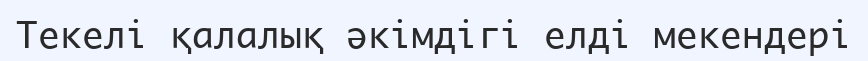
Текелі қалалық әкімдігі елді мекендері